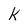
Character: k